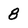
Character: 8